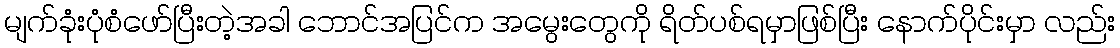
မျက်ခုံးပုံစံဖော်ပြီးတဲ့အခါ ဘောင်အပြင်က အမွေးတွေကို ရိတ်ပစ်ရမှာဖြစ်ပြီး နောက်ပိုင်းမှာ လည်း